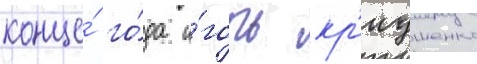
конце́ го́да и́горь кр'иушенко